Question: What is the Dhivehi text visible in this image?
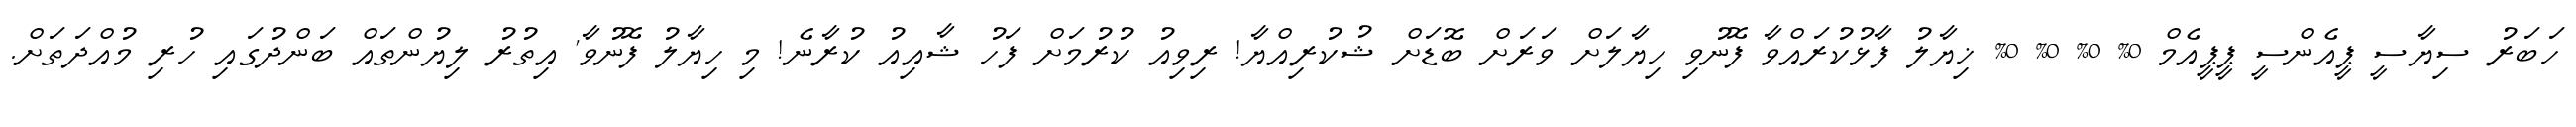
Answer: ހަބަރު ސިޔާސީ ޕީއެންސީ ޕީޕީއެމް 0% 0% 0% 0% ޚިޔާލު ފާޅުކުރައްވާ ފޮނުވި ހިޔާލަށް ވަރަށް ބޮޑަށް ޝުކުރިއްޔާ! ރިވިއު ކުރުމަށް ފަހު ޝާއިއު ކުރާނެ! މި ހިޔާލު ފޮނުވާ' އިތުރު ލިޔުންތައް ބަންދުގައި ހުރި މުއްދަތަށް.